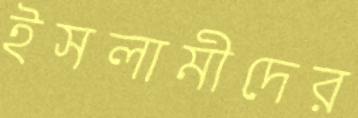
ইসলামীদের